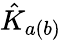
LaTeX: \hat{K}_{a(b)}